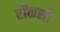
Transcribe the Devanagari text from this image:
रॉकसी